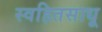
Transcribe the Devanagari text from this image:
स्वहितसाधू